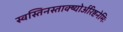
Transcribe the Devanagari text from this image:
स्वस्तिनस्ताक्ष्योर्अरिष्टनेमिः